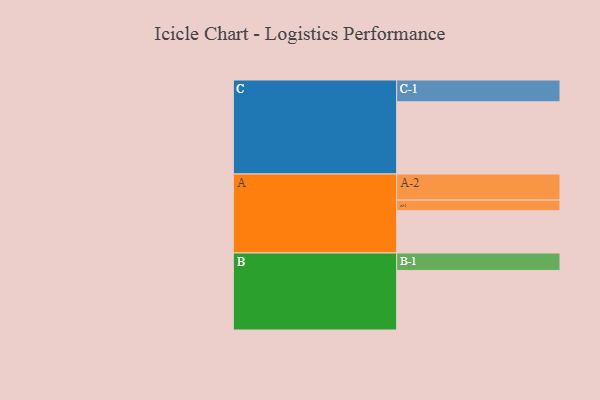
{"axis": {"x": "Segment", "y": "Value"}, "legend": ["", "A", "B", "C"], "data": [{"x": "A", "y": 316, "type": ""}, {"x": "B", "y": 445, "type": ""}, {"x": "C", "y": 539, "type": ""}, {"x": "A-1", "y": 79, "type": "A"}, {"x": "A-2", "y": 195, "type": "A"}, {"x": "B-1", "y": 130, "type": "B"}, {"x": "C-1", "y": 163, "type": "C"}]}